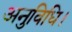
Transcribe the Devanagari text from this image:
अनुविधि।